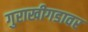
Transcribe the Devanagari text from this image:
गुराखीगडावर